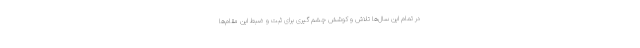
در تمام این سال‌ها تلاش و کوشش چشم گیری برای ثبت و ضبط این مقام‌ها